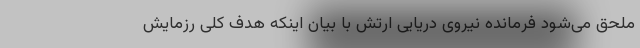
ملحق می‌شود فرمانده نیروی دریایی ارتش با بیان اینکه هدف کلی رزمایش